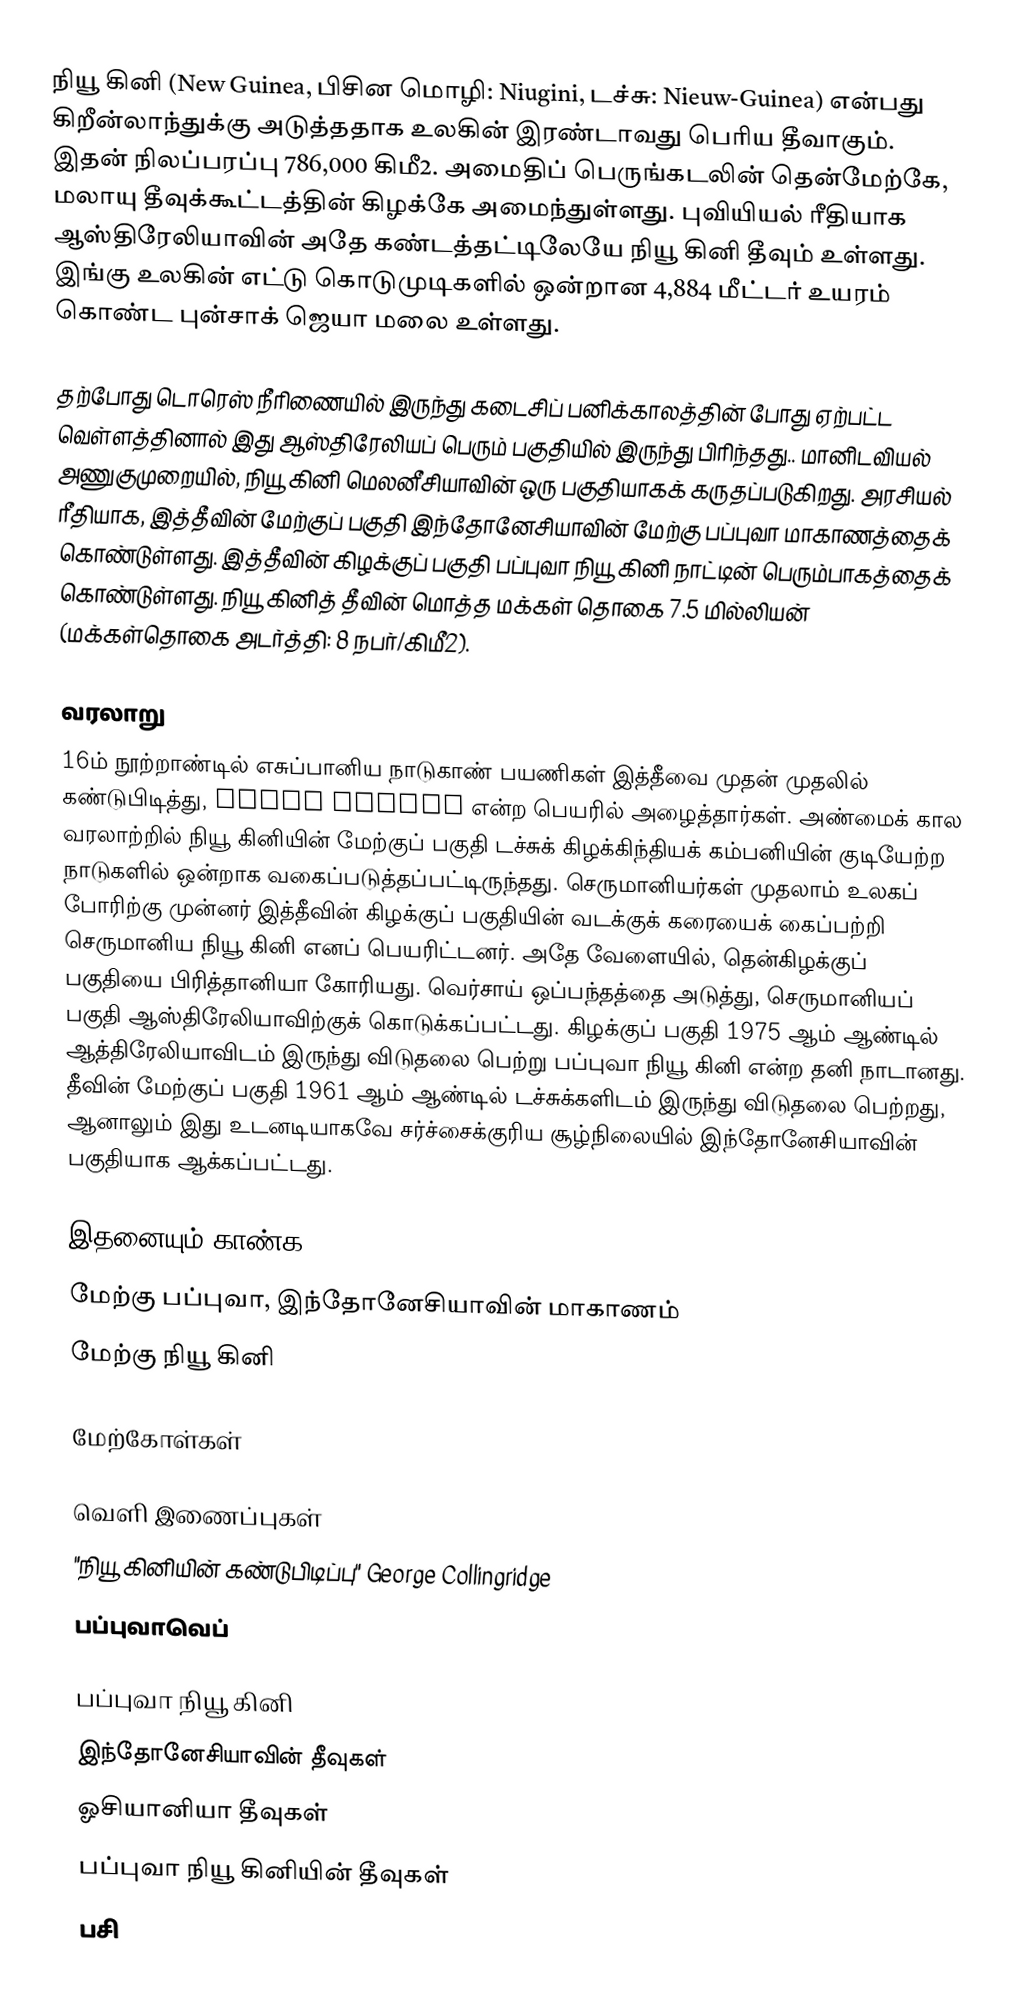
நியூ கினி (New Guinea, பிசின மொழி: Niugini, டச்சு: Nieuw-Guinea) என்பது கிறீன்லாந்துக்கு அடுத்ததாக உலகின் இரண்டாவது பெரிய தீவாகும். இதன் நிலப்பரப்பு 786,000 கிமீ2. அமைதிப் பெருங்கடலின் தென்மேற்கே, மலாயு தீவுக்கூட்டத்தின் கிழக்கே அமைந்துள்ளது. புவியியல் ரீதியாக ஆஸ்திரேலியாவின் அதே கண்டத்தட்டிலேயே நியூ கினி தீவும் உள்ளது. இங்கு உலகின் எட்டு கொடுமுடிகளில் ஒன்றான 4,884 மீட்டர் உயரம் கொண்ட புன்சாக் ஜெயா மலை உள்ளது.

தற்போது டொரெஸ் நீரிணையில் இருந்து கடைசிப் பனிக்காலத்தின் போது ஏற்பட்ட வெள்ளத்தினால் இது ஆஸ்திரேலியப் பெரும் பகுதியில் இருந்து பிரிந்தது.. மானிடவியல் அணுகுமுறையில், நியூ கினி மெலனீசியாவின் ஒரு பகுதியாகக் கருதப்படுகிறது. அரசியல் ரீதியாக, இத்தீவின் மேற்குப் பகுதி இந்தோனேசியாவின்  மேற்கு பப்புவா  மாகாணத்தைக் கொண்டுள்ளது. இத்தீவின் கிழக்குப் பகுதி பப்புவா நியூ கினி நாட்டின் பெரும்பாகத்தைக் கொண்டுள்ளது. நியூ கினித் தீவின் மொத்த மக்கள் தொகை 7.5 மில்லியன் (மக்கள்தொகை அடர்த்தி: 8 நபர்/கிமீ2).

வரலாறு
16ம் நூற்றாண்டில் எசுப்பானிய நாடுகாண் பயணிகள் இத்தீவை முதன் முதலில் கண்டுபிடித்து, Nueva Guinea என்ற பெயரில் அழைத்தார்கள். அண்மைக் கால வரலாற்றில் நியூ கினியின் மேற்குப் பகுதி டச்சுக் கிழக்கிந்தியக் கம்பனியின் குடியேற்ற நாடுகளில் ஒன்றாக வகைப்படுத்தப்பட்டிருந்தது. செருமானியர்கள் முதலாம் உலகப் போரிற்கு முன்னர் இத்தீவின் கிழக்குப் பகுதியின் வடக்குக் கரையைக் கைப்பற்றி செருமானிய நியூ கினி எனப் பெயரிட்டனர். அதே வேளையில், தென்கிழக்குப் பகுதியை பிரித்தானியா கோரியது. வெர்சாய் ஒப்பந்தத்தை அடுத்து, செருமானியப் பகுதி ஆஸ்திரேலியாவிற்குக் கொடுக்கப்பட்டது. கிழக்குப் பகுதி 1975 ஆம் ஆண்டில் ஆத்திரேலியாவிடம் இருந்து விடுதலை பெற்று பப்புவா நியூ கினி என்ற தனி நாடானது. தீவின் மேற்குப் பகுதி 1961 ஆம் ஆண்டில் டச்சுக்களிடம் இருந்து விடுதலை பெற்றது, ஆனாலும் இது உடனடியாகவே சர்ச்சைக்குரிய சூழ்நிலையில் இந்தோனேசியாவின் பகுதியாக ஆக்கப்பட்டது.

இதனையும் காண்க
மேற்கு பப்புவா, இந்தோனேசியாவின் மாகாணம்
மேற்கு நியூ கினி

மேற்கோள்கள்

வெளி இணைப்புகள்
 "நியூ கினியின் கண்டுபிடிப்பு" George Collingridge
 பப்புவாவெப்

பப்புவா நியூ கினி
இந்தோனேசியாவின் தீவுகள்
ஓசியானியா தீவுகள்
பப்புவா நியூ கினியின் தீவுகள்
பசி